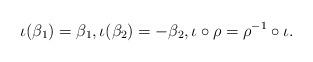
LaTeX: \begin{align*}\iota(\beta_1)=\beta_1,\iota(\beta_2)=-\beta_2,\iota\circ \rho=\rho^{-1}\circ\iota.\end{align*}